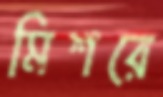
মিশরে